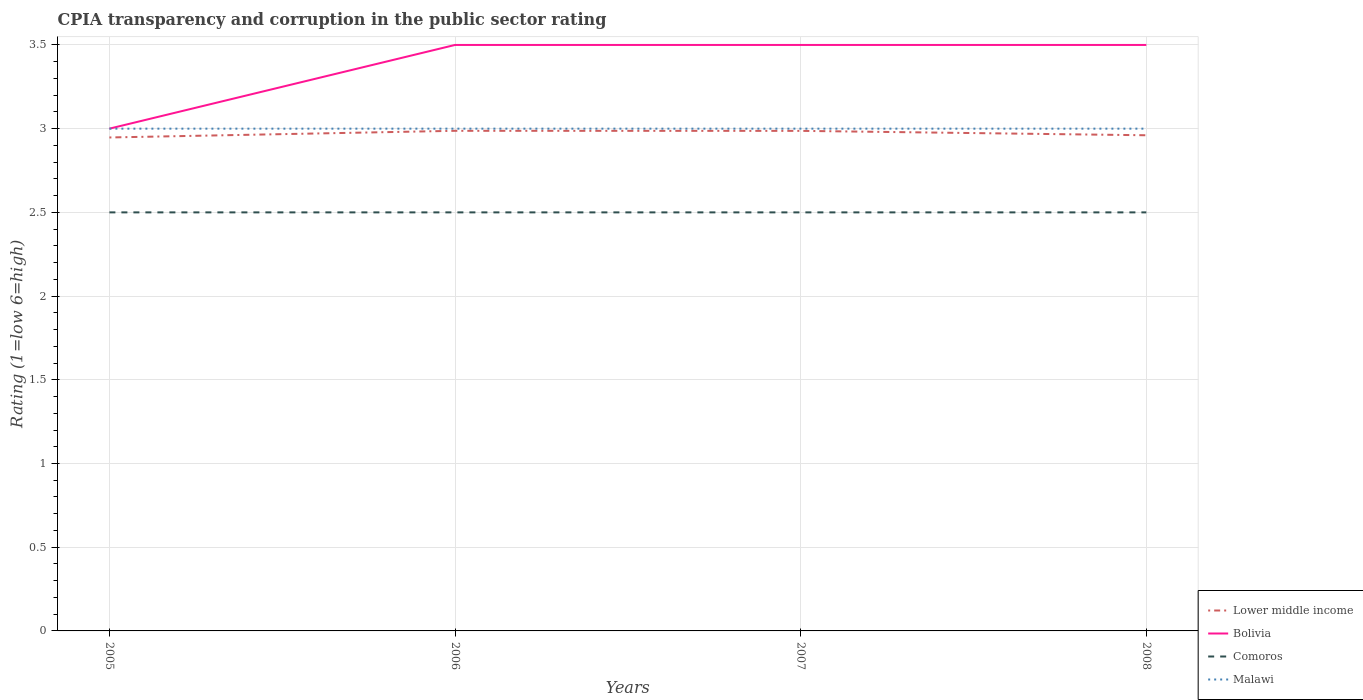
| Years | Lower middle income | Bolivia | Comoros | Malawi |
 | --- | --- | --- | --- | --- |
 | 2005 | 2.95 | 3 | 2.5 | 3 |
 | 2006 | 2.99 | 3.5 | 2.5 | 3 |
 | 2007 | 2.99 | 3.5 | 2.5 | 3 |
 | 2008 | 2.96 | 3.5 | 2.5 | 3 |